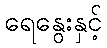
ရေနွေးနှင့်